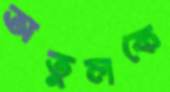
অতুলকে